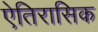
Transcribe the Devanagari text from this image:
ऐतिरासिक